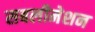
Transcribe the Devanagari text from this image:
सबलीमेशन